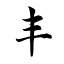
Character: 丰